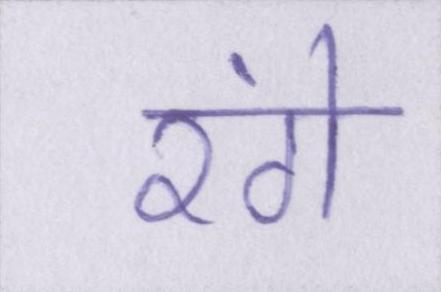
रंगे